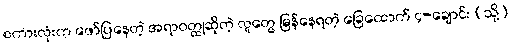
စကားလုံးက ဖော်ပြနေတဲ့ အရာဝတ္ထုဆိုတဲ့ လူတွေ မြန်နေရတဲ့ ခြေထောက် ၄-ချောင်း (သို့)